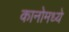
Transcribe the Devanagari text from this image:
कानोमध्ये